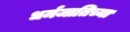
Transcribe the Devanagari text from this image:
धर्मजातिच्या